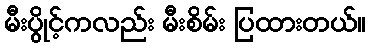
မီးပွိုင့်ကလည်း မီးစိမ်း ပြထားတယ်။